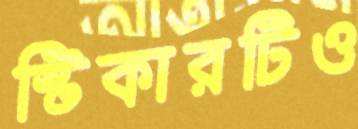
স্টিকারটিও